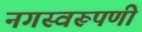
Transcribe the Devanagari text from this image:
नगस्वरूपणी